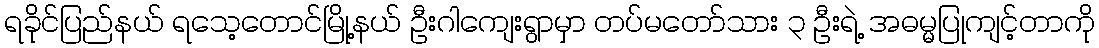
ရခိုင်ပြည်နယ် ရသေ့တောင်မြို့နယ် ဦးဂါကျေးရွာမှာ တပ်မတော်သား ၃ ဦးရဲ့ အဓမ္မပြုကျင့်တာကို